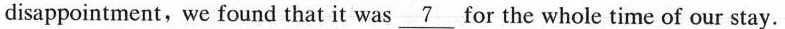
disappointment, we found that it was \underline{7} for the whole time of our stay.